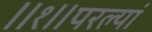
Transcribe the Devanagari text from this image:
॥१॥परल्यां